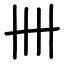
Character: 卌